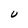
Character: U